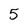
Character: 5